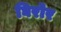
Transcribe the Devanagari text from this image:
घिरोर